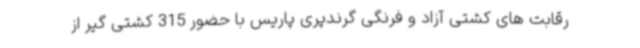
رقابت های کشتی آزاد و فرنگی گرندپری پاریس با حضور 315 کشتی گیر از